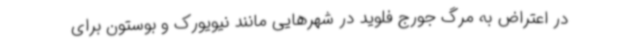
در اعتراض به مرگ جورج فلوید در شهرهایی مانند نیویورک و بوستون برای